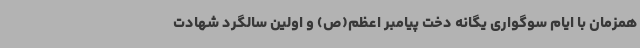
همزمان با ایام سوگواری یگانه دخت پیامبر اعظم(ص) و اولین سالگرد شهادت